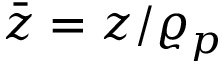
\bar { z } = z / \varrho _ { p }